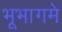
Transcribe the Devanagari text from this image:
भूभागमे